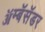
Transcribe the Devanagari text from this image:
ॲम्बॅसॅडर